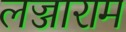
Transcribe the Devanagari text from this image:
लज्जाराम